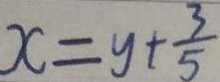
x = y + \frac { 3 } { 5 }